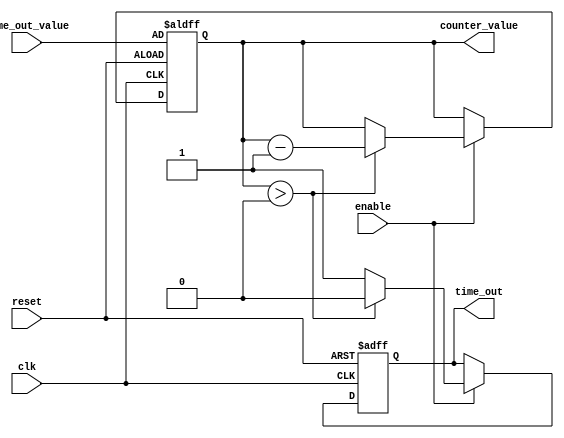
module time_out_counter (
    input wire clk,                    // Clock signal
    input wire reset,                  // Reset signal (active-high)
    input wire enable,                 // Enable signal (active-high)
    input wire [15:0] time_out_value,  // Time-Out Value (16-bit)
    output reg time_out,               // Time-Out Signal (active-high)
    output reg [15:0] counter_value     // Current Counter Value (16-bit)
);

    // State declaration
    initial begin
        counter_value = 16'b0;         // Initialize counter value
        time_out = 1'b0;               // Initialize time-out signal
    end

    always @(posedge clk or posedge reset) begin
        if (reset) begin
            counter_value <= time_out_value; // Reset to time_out_value
            time_out <= 1'b0;                  // Deassert time-out signal
        end else if (enable) begin
            if (counter_value > 0) begin
                counter_value <= counter_value - 1; // Decrement counter
                time_out <= 1'b0;                    // Keep time-out signal deasserted
            end else begin
                time_out <= 1'b1;                    // Assert time-out signal
            end
        end
        // If enable is low, hold the current counter value and time-out signal
    end

endmodule